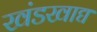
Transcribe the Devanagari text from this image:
खंडखाद्य